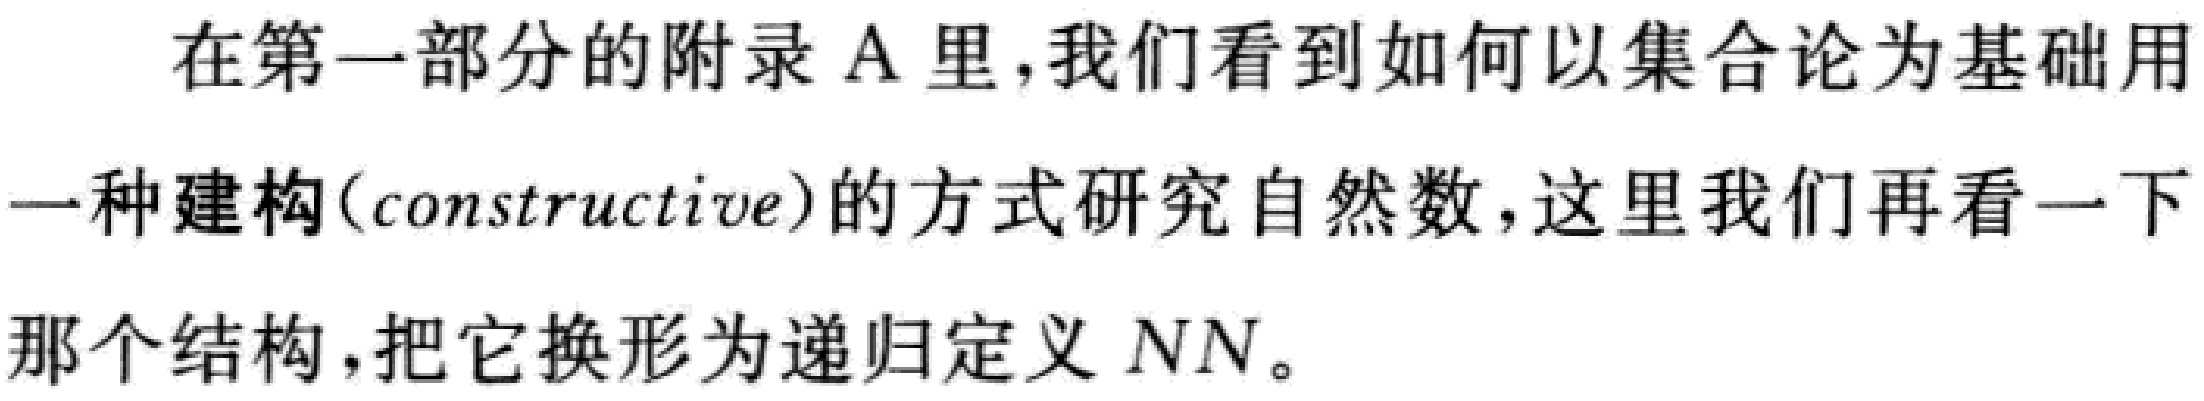
在第一部分的附录A里，我们看到如何以集合论为基础用一种建构(constructive)的方式研究自然数，这里我们再看一下那个结构，把它换形为递归定义$NN$。